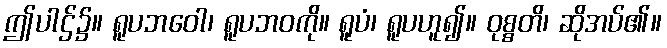
ဤပါဌ်၌။ ရူပဘဝေါ၊ ရူပဘဝကို။ ရူပံ၊ ရူပဟူ၍။ ဝုစ္စတိ၊ ဆိုအပ်၏။